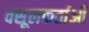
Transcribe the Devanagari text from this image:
वसूलकर्ताओं